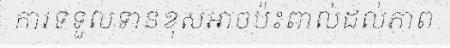
ការទទួលទានខុសអាចប៉ះពាល់ដល់ភាព